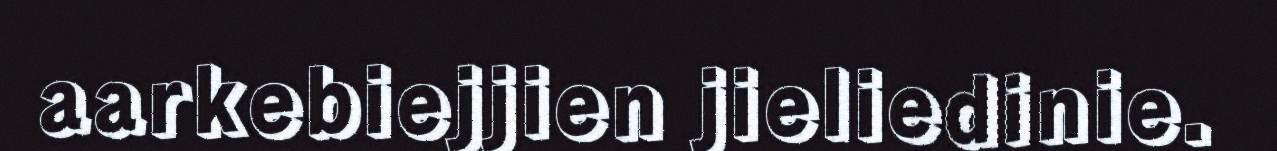
aarkebiejjien jieliedinie.